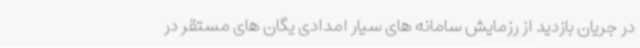
در جریان بازدید از رزمایش سامانه های سیار امدادی یگان های مستقر در